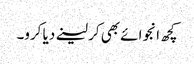
کچھ انجوائے بھی کر لینے دیا کرو۔